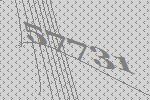
57731